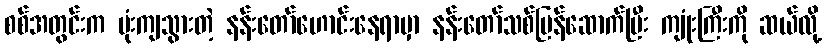
စစ်အတွင်းက ဗုံးကျသွားတဲ့ နန်းတော်ဟောင်းနေရာမှာ နန်းတော်သစ်ပြန်ဆောက်ပြီး ကျုံးကြီးကို ဆယ်လို့